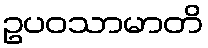
ဥပဝသာမာတိ